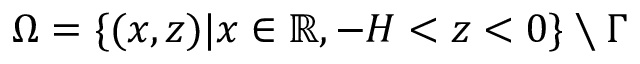
\Omega = \{ ( x , z ) | x \in \mathbb { R } , - H < z < 0 \} \setminus \Gamma